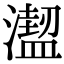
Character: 𣿣